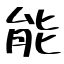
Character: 能